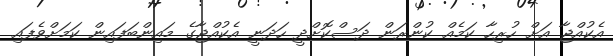
އެކުއްޖާ އަށް ހުރިހާ ކަމެއް ކުންރަން ދަސްކޮށްދީ ހަދަނީ އެކުއްޖާގެ މައިންބަފައިން ކަމަށްވެފައި